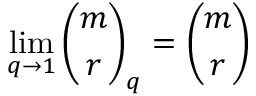
\operatorname* { l i m } _ { q \to 1 } { \binom { m } { r } } _ { q } = { \binom { m } { r } }